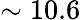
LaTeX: \sim 10.6